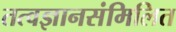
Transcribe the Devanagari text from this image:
तत्वज्ञानसंमिलित